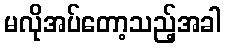
မလိုအပ်တော့သည့်အခါ